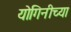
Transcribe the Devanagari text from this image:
योगिनीच्या